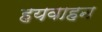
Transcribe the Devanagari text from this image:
हयवाहन